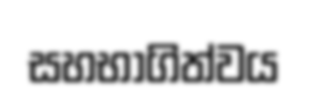
සහභාගිත්වය